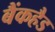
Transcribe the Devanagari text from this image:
बैंकहैड